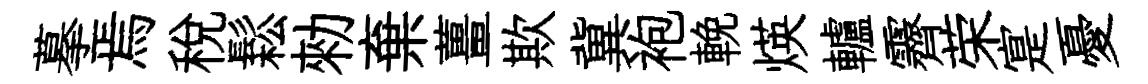
摹焉稅鬆勑棄薑欺冀袍輓煐轤霽荣寔憂